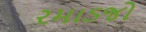
રમાડજો